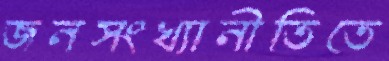
জনসংখ্যানীতিতে